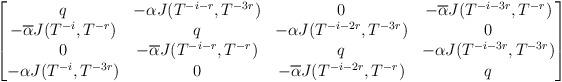
LaTeX: \begin{align*}\begin{bmatrix}q&-\alpha J(T^{-i-r},T^{-3r})&0&-\overline\alpha J(T^{-i-3r},T^{-r})\\-\overline\alpha J(T^{-i},T^{-r})&q&-\alpha J(T^{-i-2r},T^{-3r})&0\\0&-\overline\alpha J(T^{-i-r},T^{-r})&q&-\alpha J(T^{-i-3r},T^{-3r})\\-\alpha J(T^{-i},T^{-3r})&0&-\overline\alpha J(T^{-i-2r},T^{-r})&q\\\end{bmatrix}\end{align*}